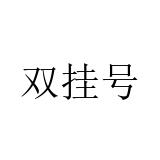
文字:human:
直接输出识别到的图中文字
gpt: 双挂号